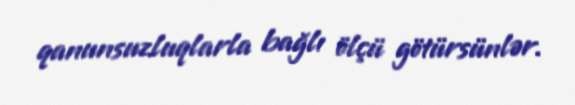
qanunsuzluqlarla bağlı ölçü götürsünlər.